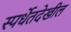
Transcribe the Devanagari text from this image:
स्पर्धेतदेखील